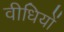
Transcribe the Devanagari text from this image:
वीधियों